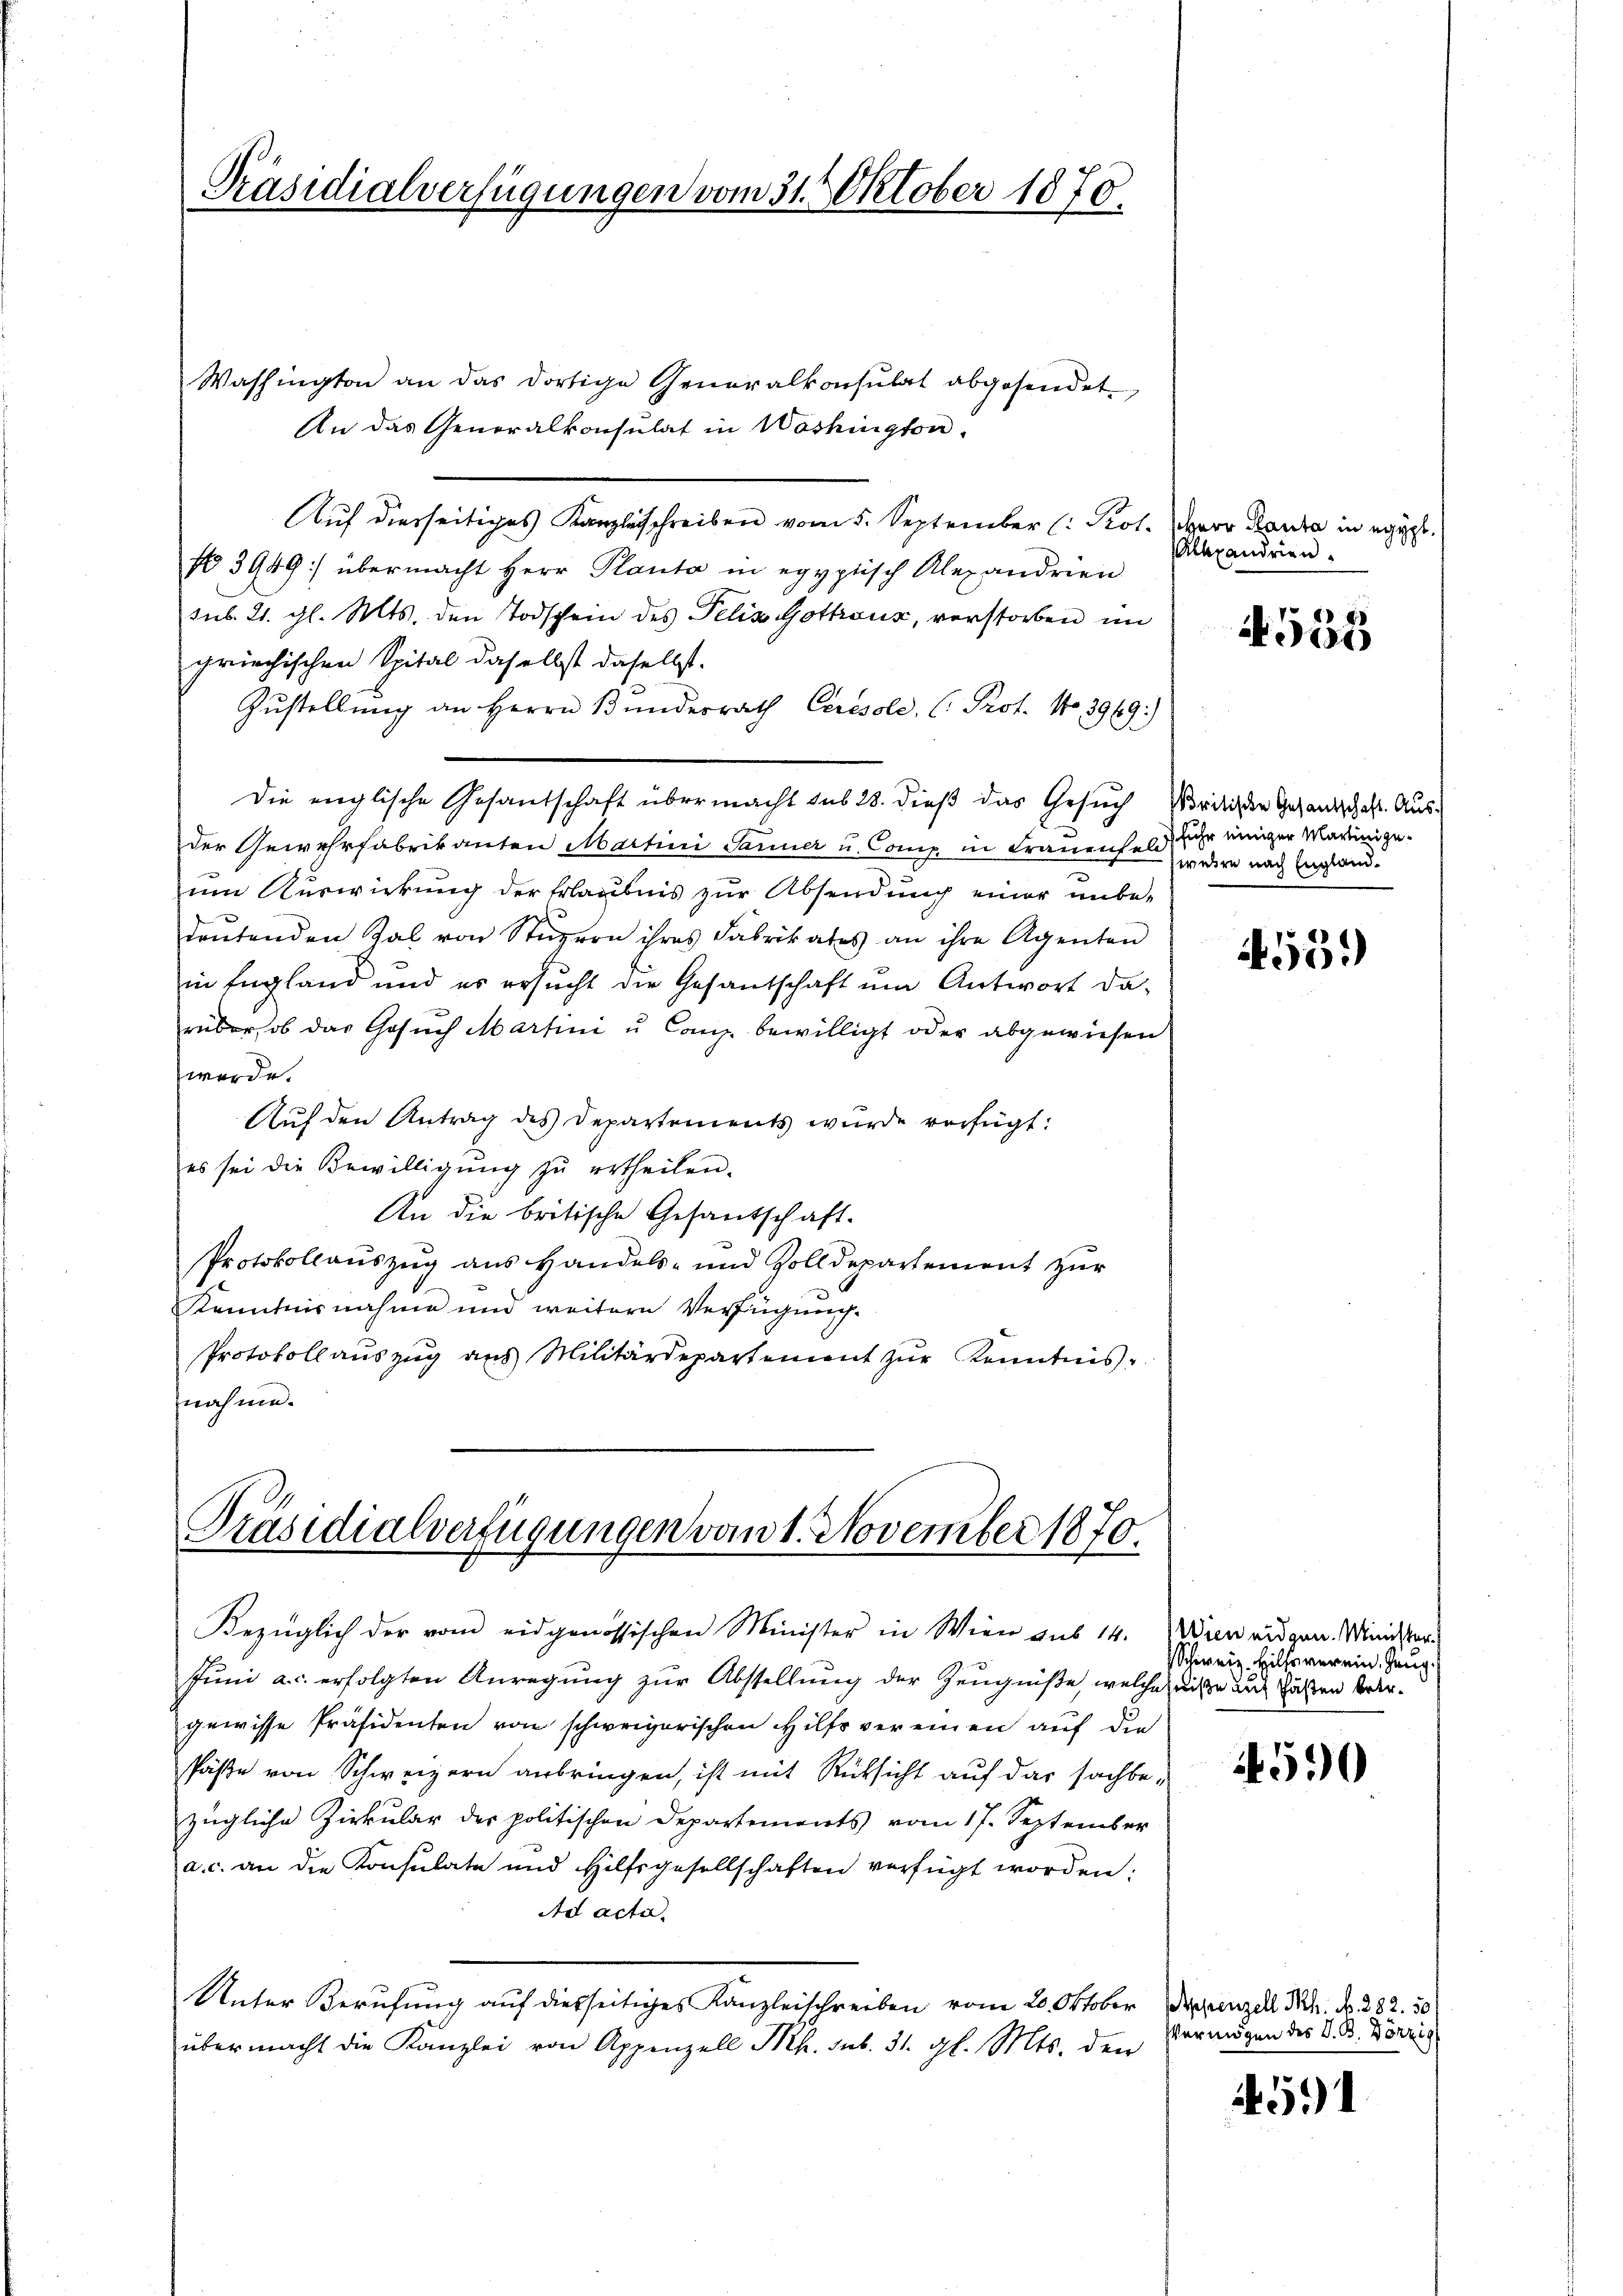
Präsidialverfügungen vom 31. Oktober 1879.

Washington an das dortige Generalkonsulat abgesendet,
An das Generalkonsulat in Washington.
Auf diesseitiges Kanzleisschreiben vom 5. September (: Prot.
No 3949: übermacht Herr Planta in egyptisch Alexandrien
sub. 21. gl. Mts. den Todschein des Felis Gothaus, verstorben im
griechischen Spital daselbst daselbst.
Zŭstellŭng an Herrn Bundesrath Ceresole, C. Prot. No. 3969.)
Die englische Gesandschaft übermacht sub 28. dieß das Gesuch Nordliche Gesandschaft. Ausder Gewehrfabrikanten Martini Sarner u. Comp. in Frauenfeld) sehr einiger Martinigeum Auswirkung der Erlaubnis zur Absendung einer unbe-
deutenden Zal von Stüuzern ihres Fabrikates an ihre Agenten
in England und es ersŭcht die Gesandschaft ŭm Antwort da-
rüber, ob das Gesuch Martini u. Comp. bewilligt oder abgewiesen
werde.
Auf den Antrag des Departements wurde verfügt:
es sei die Bewilligung zŭ ertheilen.
An die britische Gesantschaft-
Protokollauszug aus Handels- und Zolldepartement zur
Kenntnisnahme und weitere Verfügung.
Protokollauszug aus Militärdepartement zŭr Kenntnis.
nahme.

Präsidialverfügungen vom 1. November 1870.

Juni a.c. erfolgten Anregung zur Abstellung der Zeugniße, welche heiße auf hätten beer-
gewisse Präsidenten von schweizerischen Hilfs vereinen auf die
Päße von Schweizern anbringen, ist mit Rücksicht auf das sachbezügliche Zirkular des politischen Departements vom 17. September
a. c. an die Konsulate und Hilfsgesellschaften verfügt worden:
Ad acta.
Unter Berufung auf diesseitiges Kanzleischreiben vom 20. Oktober einzell N. N. 282. 50
übermacht die Kanzlei von Appenzell Ph. sub. 31. gl. Mts. den

Bezüglich der vom eidgenössischen Minister in Wien aus 14. Wien angen. Minister

Herr Panta in egypt.
Alexandrien.

4555

weire nach England.

4559

Schweiz. Hilfsverein. Zeug

4590

Vermögen des V. B. Hörzig

4591